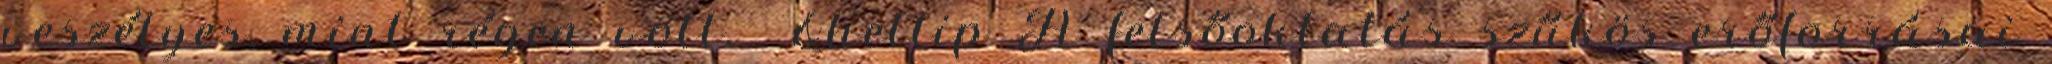
veszélyes, mint régen volt. &hellip A felsőoktatás szűkös erőforrásai